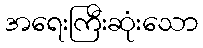
အရေးကြီးဆုံးသော